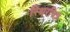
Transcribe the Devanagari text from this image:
स्थिरचित्र